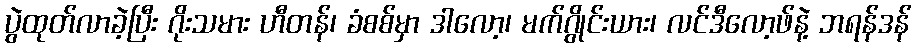
ပွဲထုတ်လာခဲ့ပြီး ဂိုးသမား ဟီတန်၊ ခံစစ်မှာ ဒါလော့၊ မက်ဂွိုင်းယား၊ လင်ဒီလော့ဖ်နဲ့ ဘရန်ဒန်